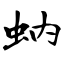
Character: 蚋